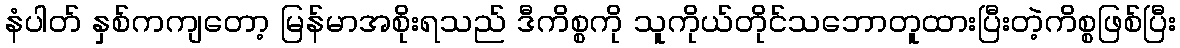
နံပါတ် နှစ်ကကျတော့ မြန်မာအစိုးရသည် ဒီကိစ္စကို သူကိုယ်တိုင်သဘောတူထားပြီးတဲ့ကိစ္စဖြစ်ပြီး